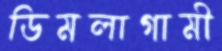
ডিমলাগামী